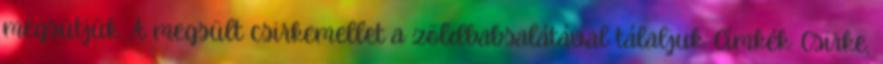
megsütjük. A megsült csirkemellet a zöldbabsalátával tálaljuk. Címkék: Csirke,